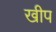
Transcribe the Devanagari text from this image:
खीप